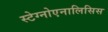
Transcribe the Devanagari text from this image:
स्टेग्नोएनालिसिस